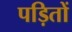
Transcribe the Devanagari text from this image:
पड़ितों